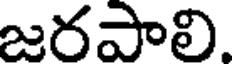
జరపాలి.